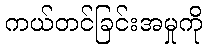
ကယ်တင်ခြင်းအမှုကို